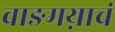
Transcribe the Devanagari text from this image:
वाङमय़ाचं